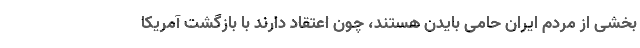
بخشی از مردم ایران حامی بایدن هستند، چون اعتقاد دارند با بازگشت آمریکا